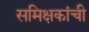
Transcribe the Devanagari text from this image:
समिक्षकांची